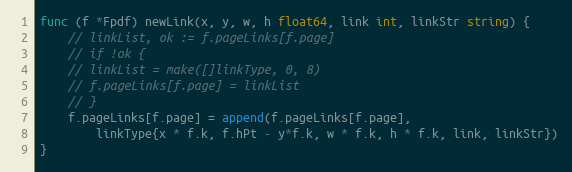
Language: Go
func (f *Fpdf) newLink(x, y, w, h float64, link int, linkStr string) {
	// linkList, ok := f.pageLinks[f.page]
	// if !ok {
	// linkList = make([]linkType, 0, 8)
	// f.pageLinks[f.page] = linkList
	// }
	f.pageLinks[f.page] = append(f.pageLinks[f.page],
		linkType{x * f.k, f.hPt - y*f.k, w * f.k, h * f.k, link, linkStr})
}